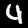
Label: 4